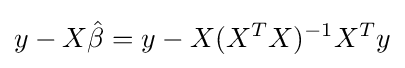
y-X{\hat {\beta }}=y-X(X^{T}X)^{-1}X^{T}y